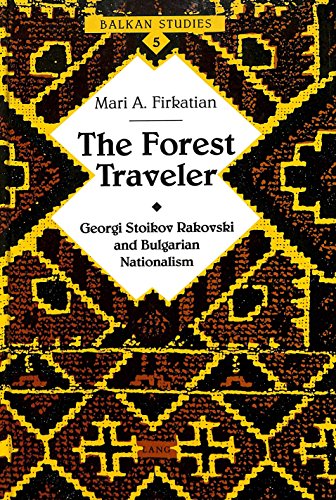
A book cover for The Forest Traveler: Georgi Stoikov Rakovski and Bulgarian Nationalism (Balkan Studies); Mari A. Firkatian; Travel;